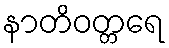
နာတိဝတ္တရေ